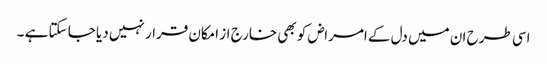
اسی طرح ان میں دل کے امراض کو بھی خارج از امکان قرار نہیں دیا جا سکتا ہے ۔